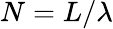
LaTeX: N=L/\lambda